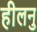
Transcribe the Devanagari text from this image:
हीलनु